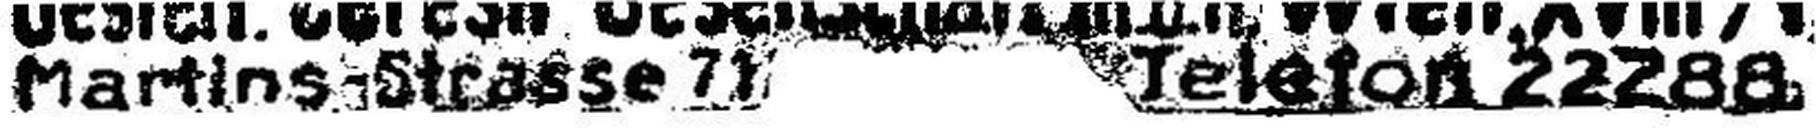
Martins-Strasse 71 Telefon 22288